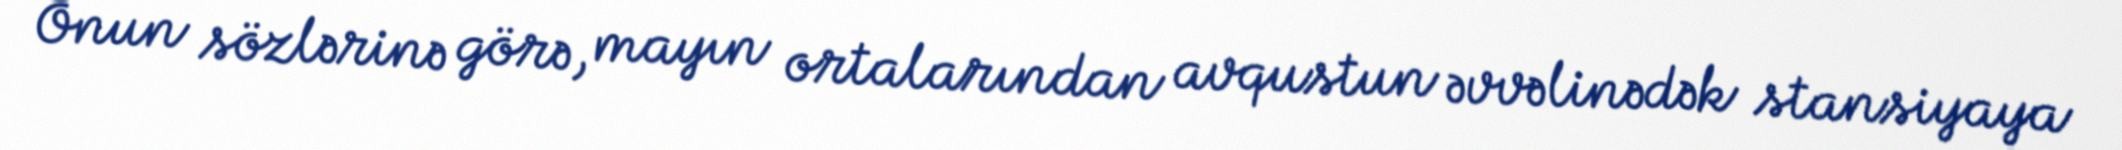
Onun sözlərinə görə, mayın ortalarından avqustun əvvəlinədək stansiyaya